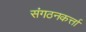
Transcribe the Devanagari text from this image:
संगठनकर्त्ता